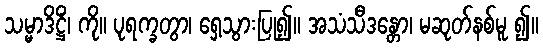
သမ္မာဒိဋ္ဌိံ၊ ကို။ ပုရက္ခတွာ၊ ရှေ့သွားပြု၍။ အသံသီဒန္တော၊ မဆုတ်နစ်မူ ၍။